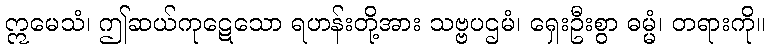
ဣမေသံ၊ ဤဆယ်ကုဋေသော ရဟန်းတို့အား သဗ္ဗပဌမံ၊ ရှေးဦးစွာ ဓမ္မံ၊ တရားကို။